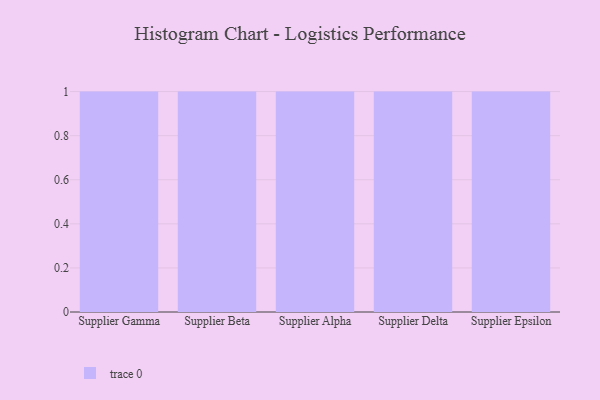
{"axis": {"x": "Supplier", "y": "Headcount"}, "legend": [""], "data": [{"x": "Supplier Gamma", "y": 100, "type": ""}, {"x": "Supplier Beta", "y": 19, "type": ""}, {"x": "Supplier Alpha", "y": 81, "type": ""}, {"x": "Supplier Delta", "y": 61, "type": ""}, {"x": "Supplier Epsilon", "y": 46, "type": ""}]}